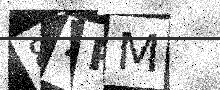
Text: 84PM